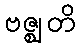
ဗဇ္ဈတိ